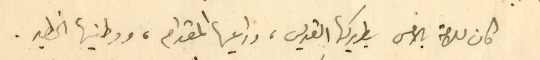
كان للامة بالامس بطريركها القديس، وراعيها المقدام، ووطنيها الخطير.